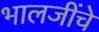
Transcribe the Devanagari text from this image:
भालजींचे